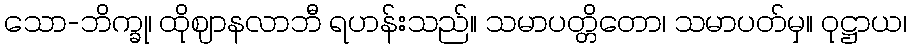
သော-ဘိက္ခု၊ ထိုဈာနလာဘီ ရဟန်းသည်။ သမာပတ္တိတော၊ သမာပတ်မှ။ ဝုဋ္ဌာယ၊